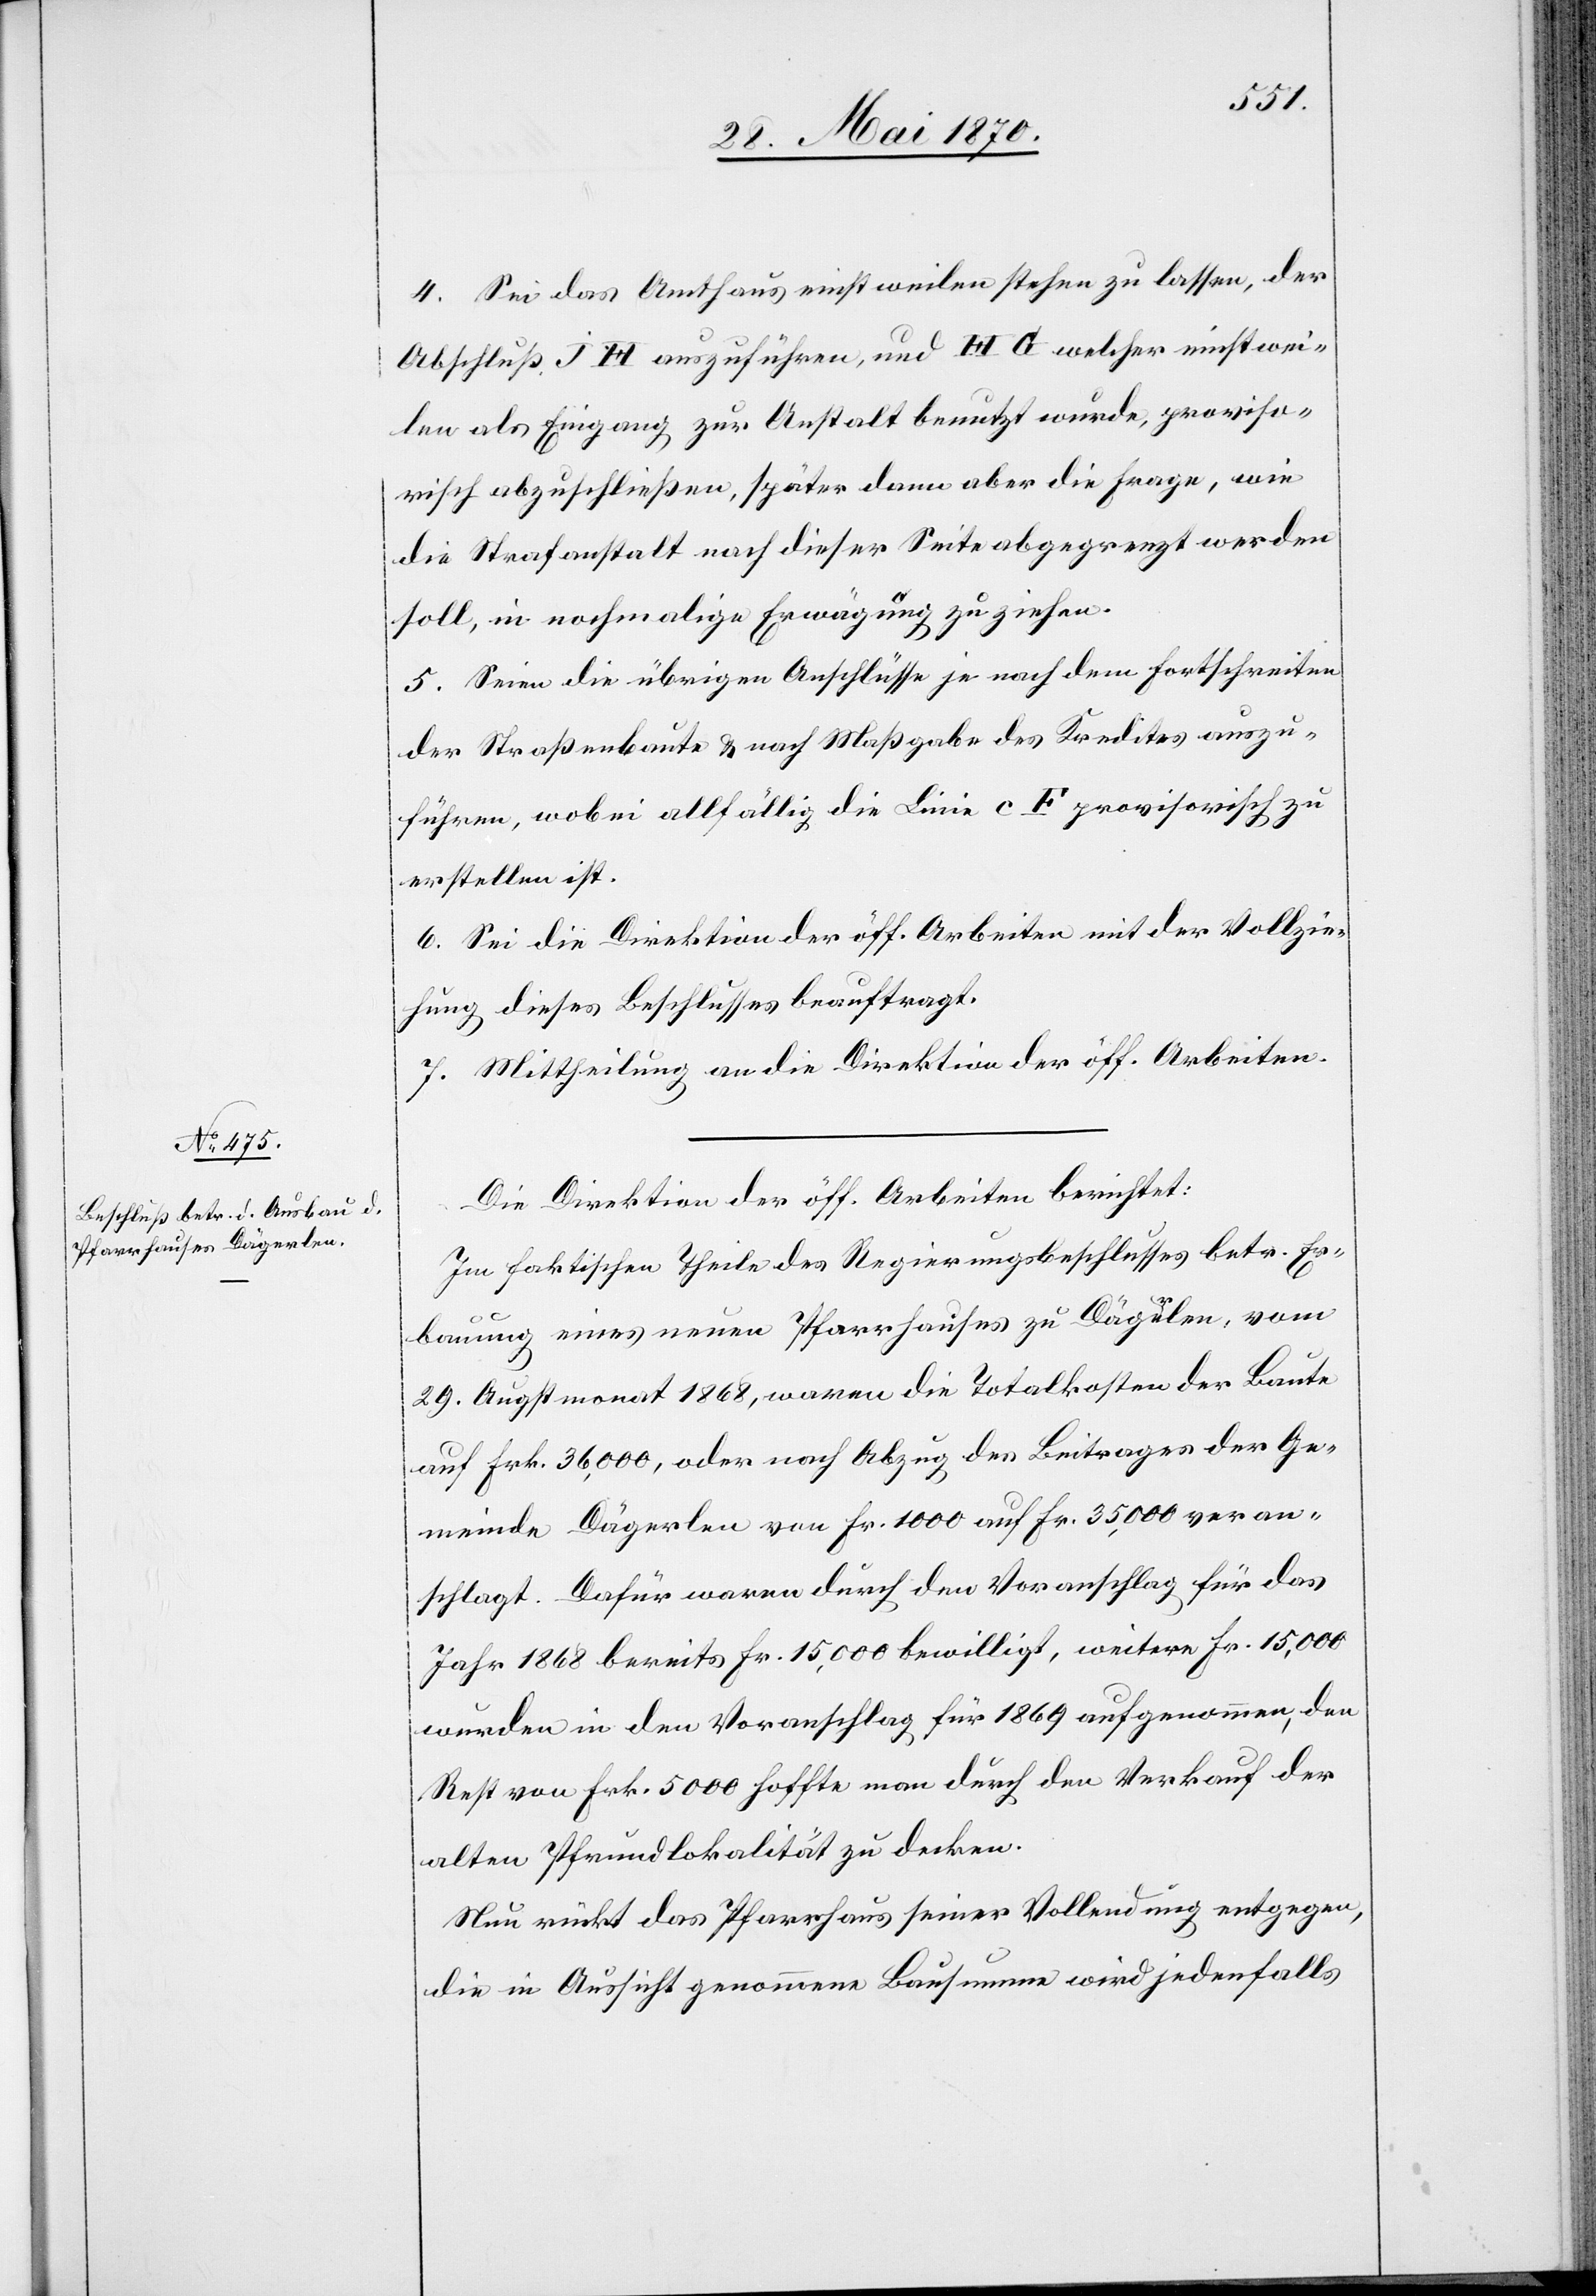
4. Sei das Amthaus einstweilen stehen zu lassen, der
Abschluß J H auszuführen, und H G welcher einstwei¬
len als Eingang zur Anstalt benutzt wurde, proviso¬
risch abzuschließen, später dann aber die Frage, wie
die Strafanstalt nach dieser Seite abgegrenzt werden
soll, in nochmalige Erwägung zu ziehen.
5. Seien die übrigen Anschlüsse je nach dem Fortschreiten
der Straßenbaute & nach Maßgabe des Kredites auszu¬
führen, wobei allfällig die Linie c F provisorisch zu
erstellen ist.
6. Sei die Direktion der öff. Arbeiten mit der Vollzie¬
hung dieses Beschlusses beauftragt.
7. Mittheilung an die Direktion der öff. Arbeiten.
Die Direktion der öff. Arbeiten berichtet:
Im faktischen Theile des Regierungsbeschlusses betr. Er¬
bauung eines neuen Pfarrhauses zu Dägerlen, vom
29. Augstmonat 1868, waren die Totalkosten der Baute
auf Frk. 36,000, oder nach Abzug des Beitrages der Ge¬
meinde Dägerlen von Fr. 1000 auf Fr. 35,000 veran¬
schlagt. Dafür waren durch den Voranschlag für das
Jahr 1868 bereits Fr. 15,000 bewilligt, weitere Fr. 15,000
wurden in den Voranschlag für 1869 aufgenommen, den
Rest von Frk. 5000 hoffte man durch den Verkauf der
alten Pfrundlokalität zu decken.
Nun rückt das Pfarrhaus seiner Vollendung entgegen,
die in Aussicht genommene Bausumme wird jedenfalls